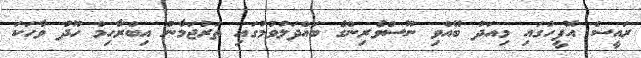
ރައީސް އޮފީހުގައި މިއަދު ބޭއްވި ނޫސްވެރިންގެ ބައްދަލުވުމުގައި ތަރުޖަމާނު އިބްރާހިމް ހޫދު ވާހަކަ